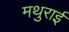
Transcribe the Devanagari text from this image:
मथुराई